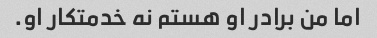
اما من برادر او هستم نه خدمتکار او.